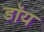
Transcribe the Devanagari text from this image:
डॉय